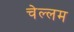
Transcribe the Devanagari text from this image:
चेल्लम